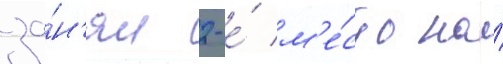
за́н'ял 2-е́ м'е́сто на́